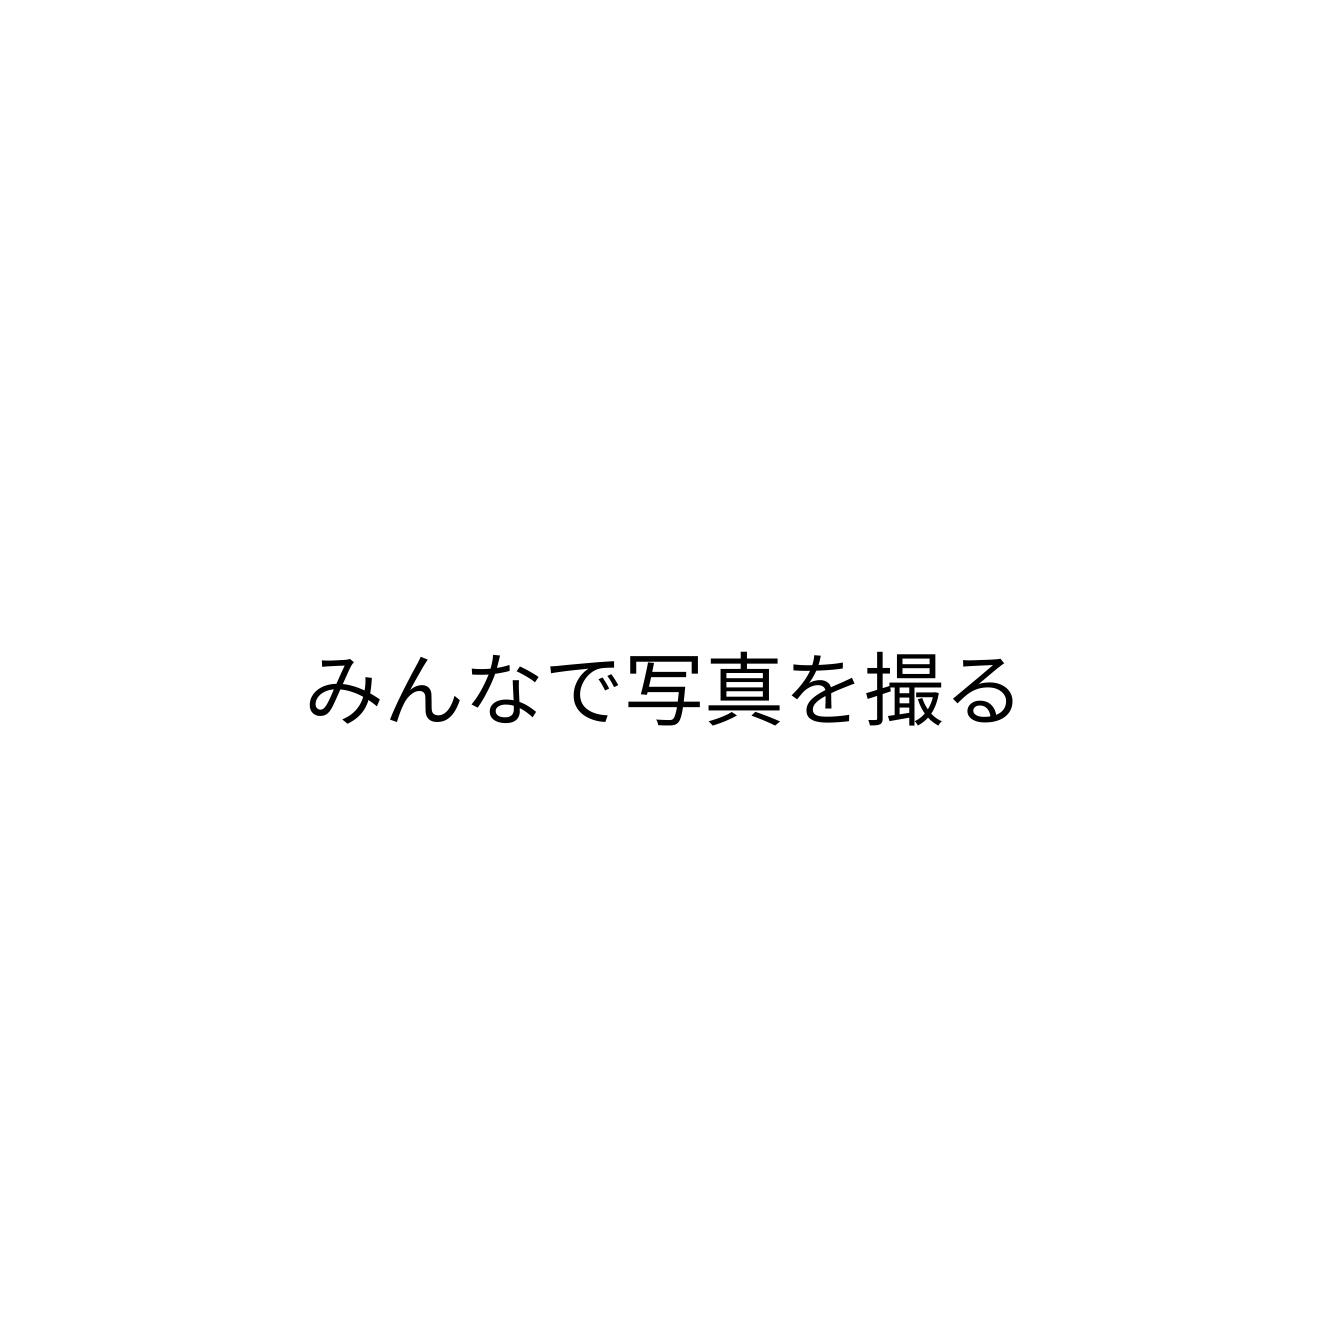
みんなで写真を撮る